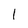
Character: 1